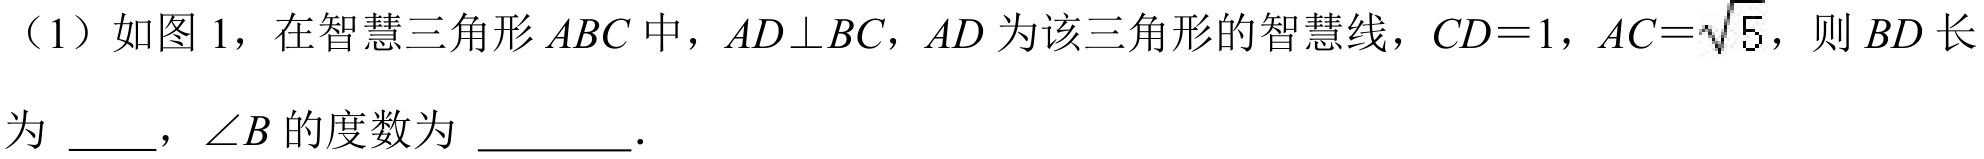
（1）如图1，在智慧三角形\(ABC\)中，\(AD\perp BC\)，\(AD\)为该三角形的智慧线，\(CD = 1\)，\(AC=\sqrt{5}\)，则\(BD\)长
为 \_\_\_ ，\(\angle B\)的度数为 \_\_\_\_ ．